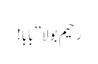
رحیم بولا ’’بابا!